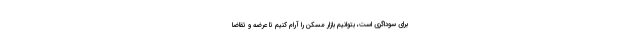
برای سوداگری است، بتوانیم بازار مسکن را آرام کنیم تا عرضه و تقاضا